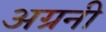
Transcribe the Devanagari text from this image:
अग्रनी